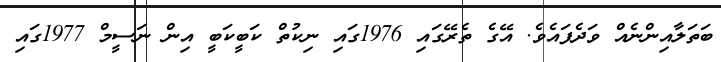
ބަތަލާއިންނެއް ވަދެފައެވެ. އޭގެ ތެރޭގައި 1976ގައި ނިކުތް ކަބީކަބީ އިން ނަސީމް 1977ގައި